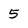
Character: 5